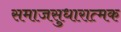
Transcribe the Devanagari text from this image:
समाजसुधारात्मक